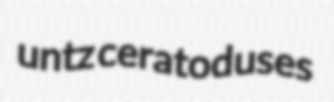
untz ceratoduses